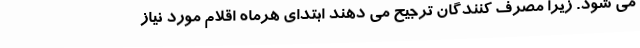
می شود. زیرا مصرف کنندگان ترجیح می دهند ابتدای هرماه اقلام مورد نیاز